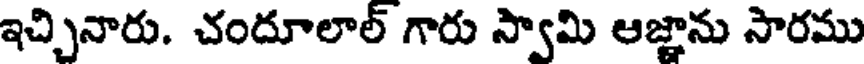
ఇచ్చినారు. చందూలాల్ గారు స్వామి ఆజ్ఞాను సారము